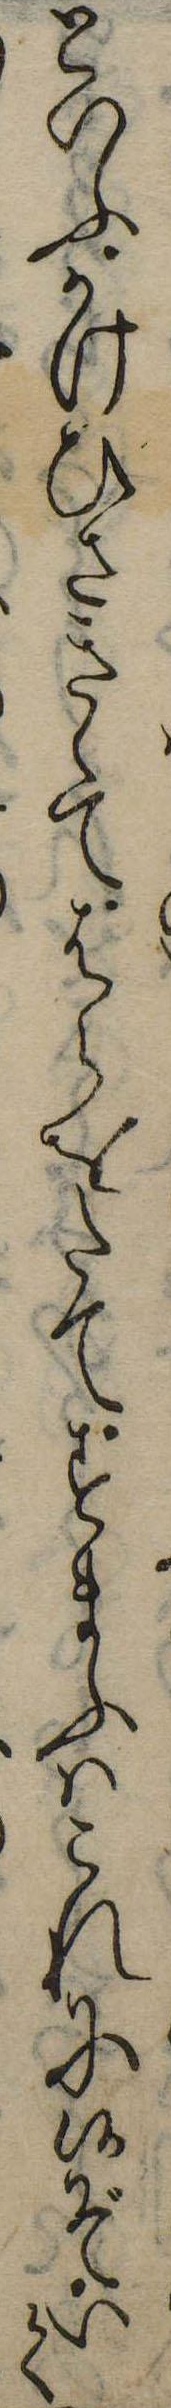
といふかけひさきゝてはらをたてすまふはこれに候ぞいて